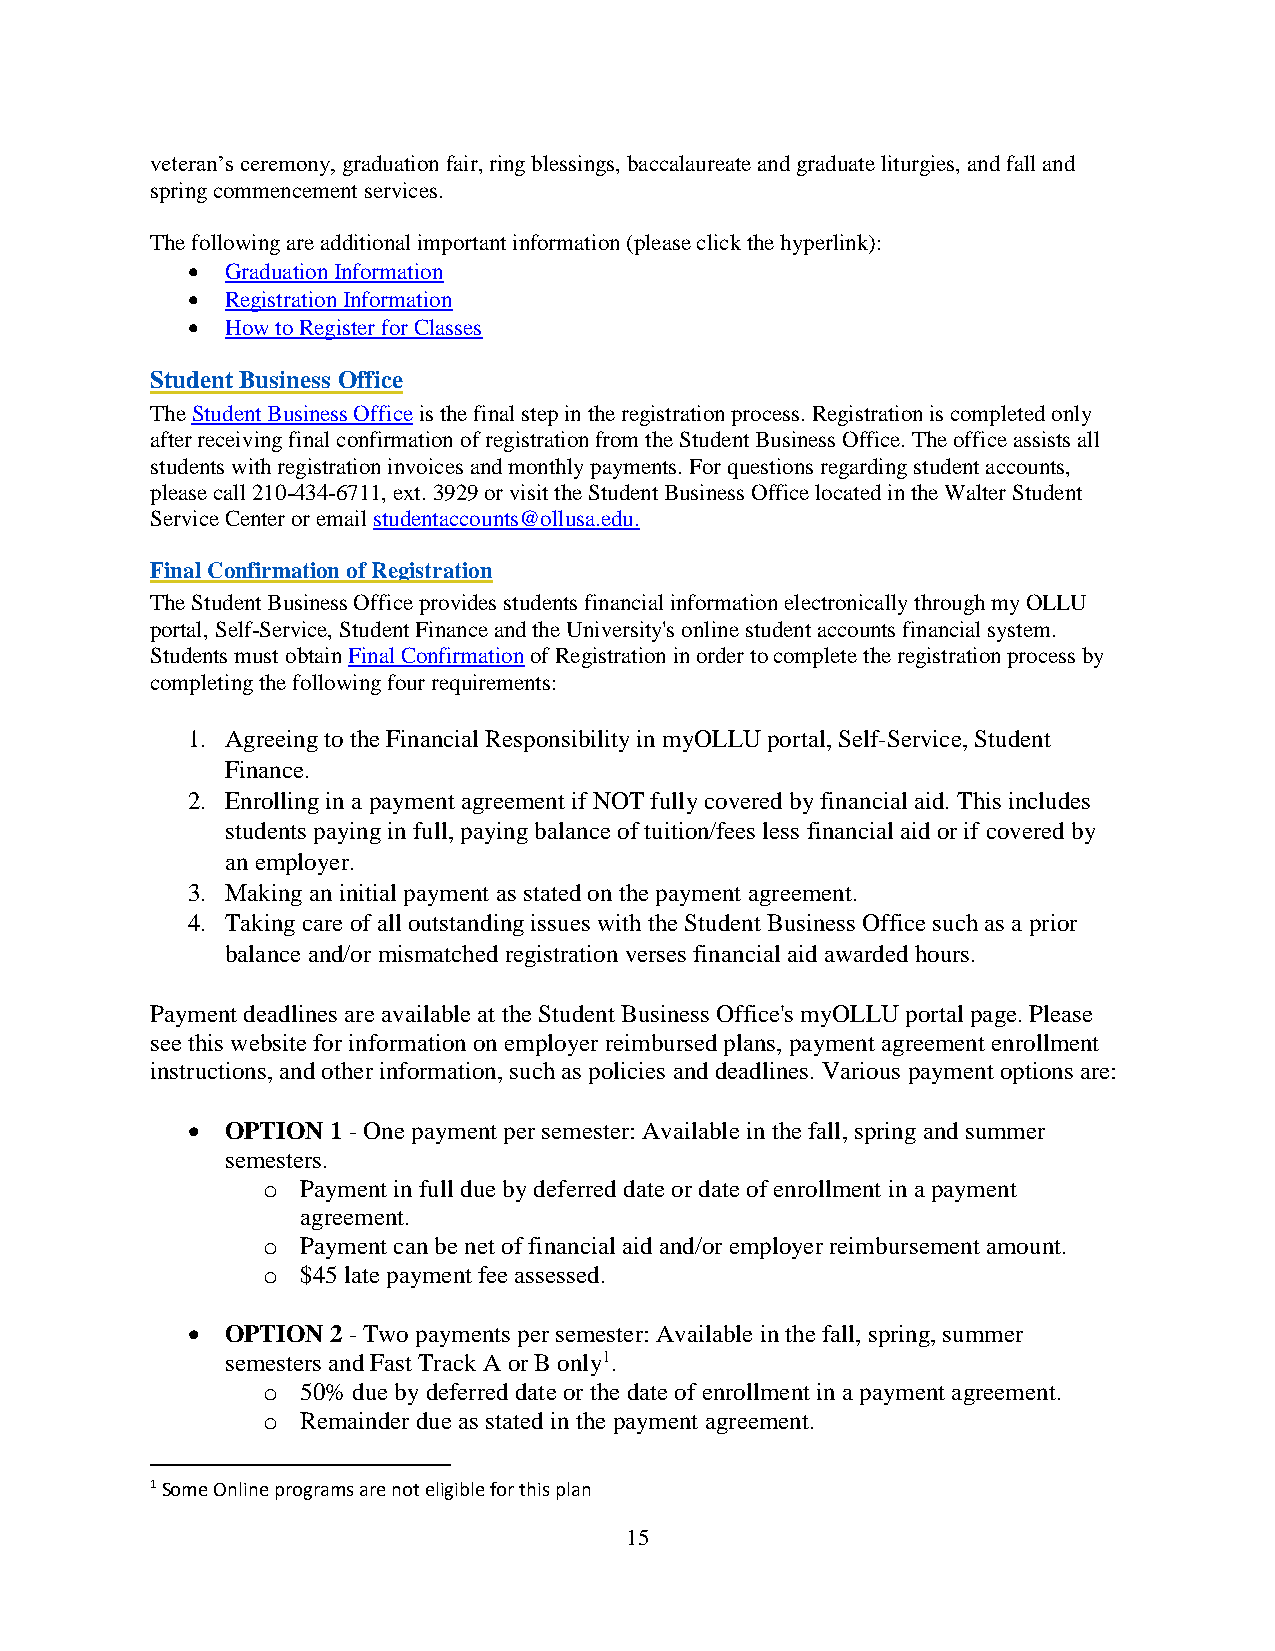
veteran’s ceremony, graduation fair, ring blessings, baccalaureate and graduate liturgies, and fall and
 spring commencement services.
 The following are additional important information (please click the hyperlink):
 •  Graduation Information
 •  Registration Information
 •  How to Register for Classes
 Student Business Office
 The Student Business Office is the final step in the registration process. Registration is completed only
 after receiving final confirmation of registration from the Student Business Office. The office assists all
 students with registration invoices and monthly payments. For questions regarding student accounts,
 please call 210-434-6711, ext. 3929 or visit the Student Business Office located in the Walter Student
 Service Center or email studentaccounts@ollusa.edu.
 Final Confirmation of Registration
 The Student Business Office provides students financial information electronically through my OLLU
 portal, Self-Service, Student Finance and the University's online student accounts financial system.
 Students must obtain Final Confirmation of Registration in order to complete the registration process by
 completing the following four requirements:
 1. Agreeing to the Financial Responsibility in myOLLU portal, Self-Service, Student
 Finance.
 2. Enrolling in a payment agreement if NOT fully covered by financial aid. This includes
 students paying in full, paying balance of tuition/fees less financial aid or if covered by
 an employer.
 3. Making an initial payment as stated on the payment agreement.
 4. Taking care of all outstanding issues with the Student Business Office such as a prior
 balance and/or mismatched registration verses financial aid awarded hours.
 Payment deadlines are available at the Student Business Office's myOLLU portal page. Please
 see this website for information on employer reimbursed plans, payment agreement enrollment
 instructions, and other information, such as policies and deadlines. Various payment options are:
 •  OPTION 1 - One payment per semester: Available in the fall, spring and summer
 semesters.
 o  Payment in full due by deferred date or date of enrollment in a payment
 agreement.
 o  Payment can be net of financial aid and/or employer reimbursement amount.
 o  $45 late payment fee assessed.
 •  OPTION 2 - Two payments per semester: Available in the fall, spring, summer
 semesters and Fast Track A or B only1.
 o  50% due by deferred date or the date of enrollment in a payment agreement.
 o  Remainder due as stated in the payment agreement.
 1 Some Online programs are not eligible for this plan
 15